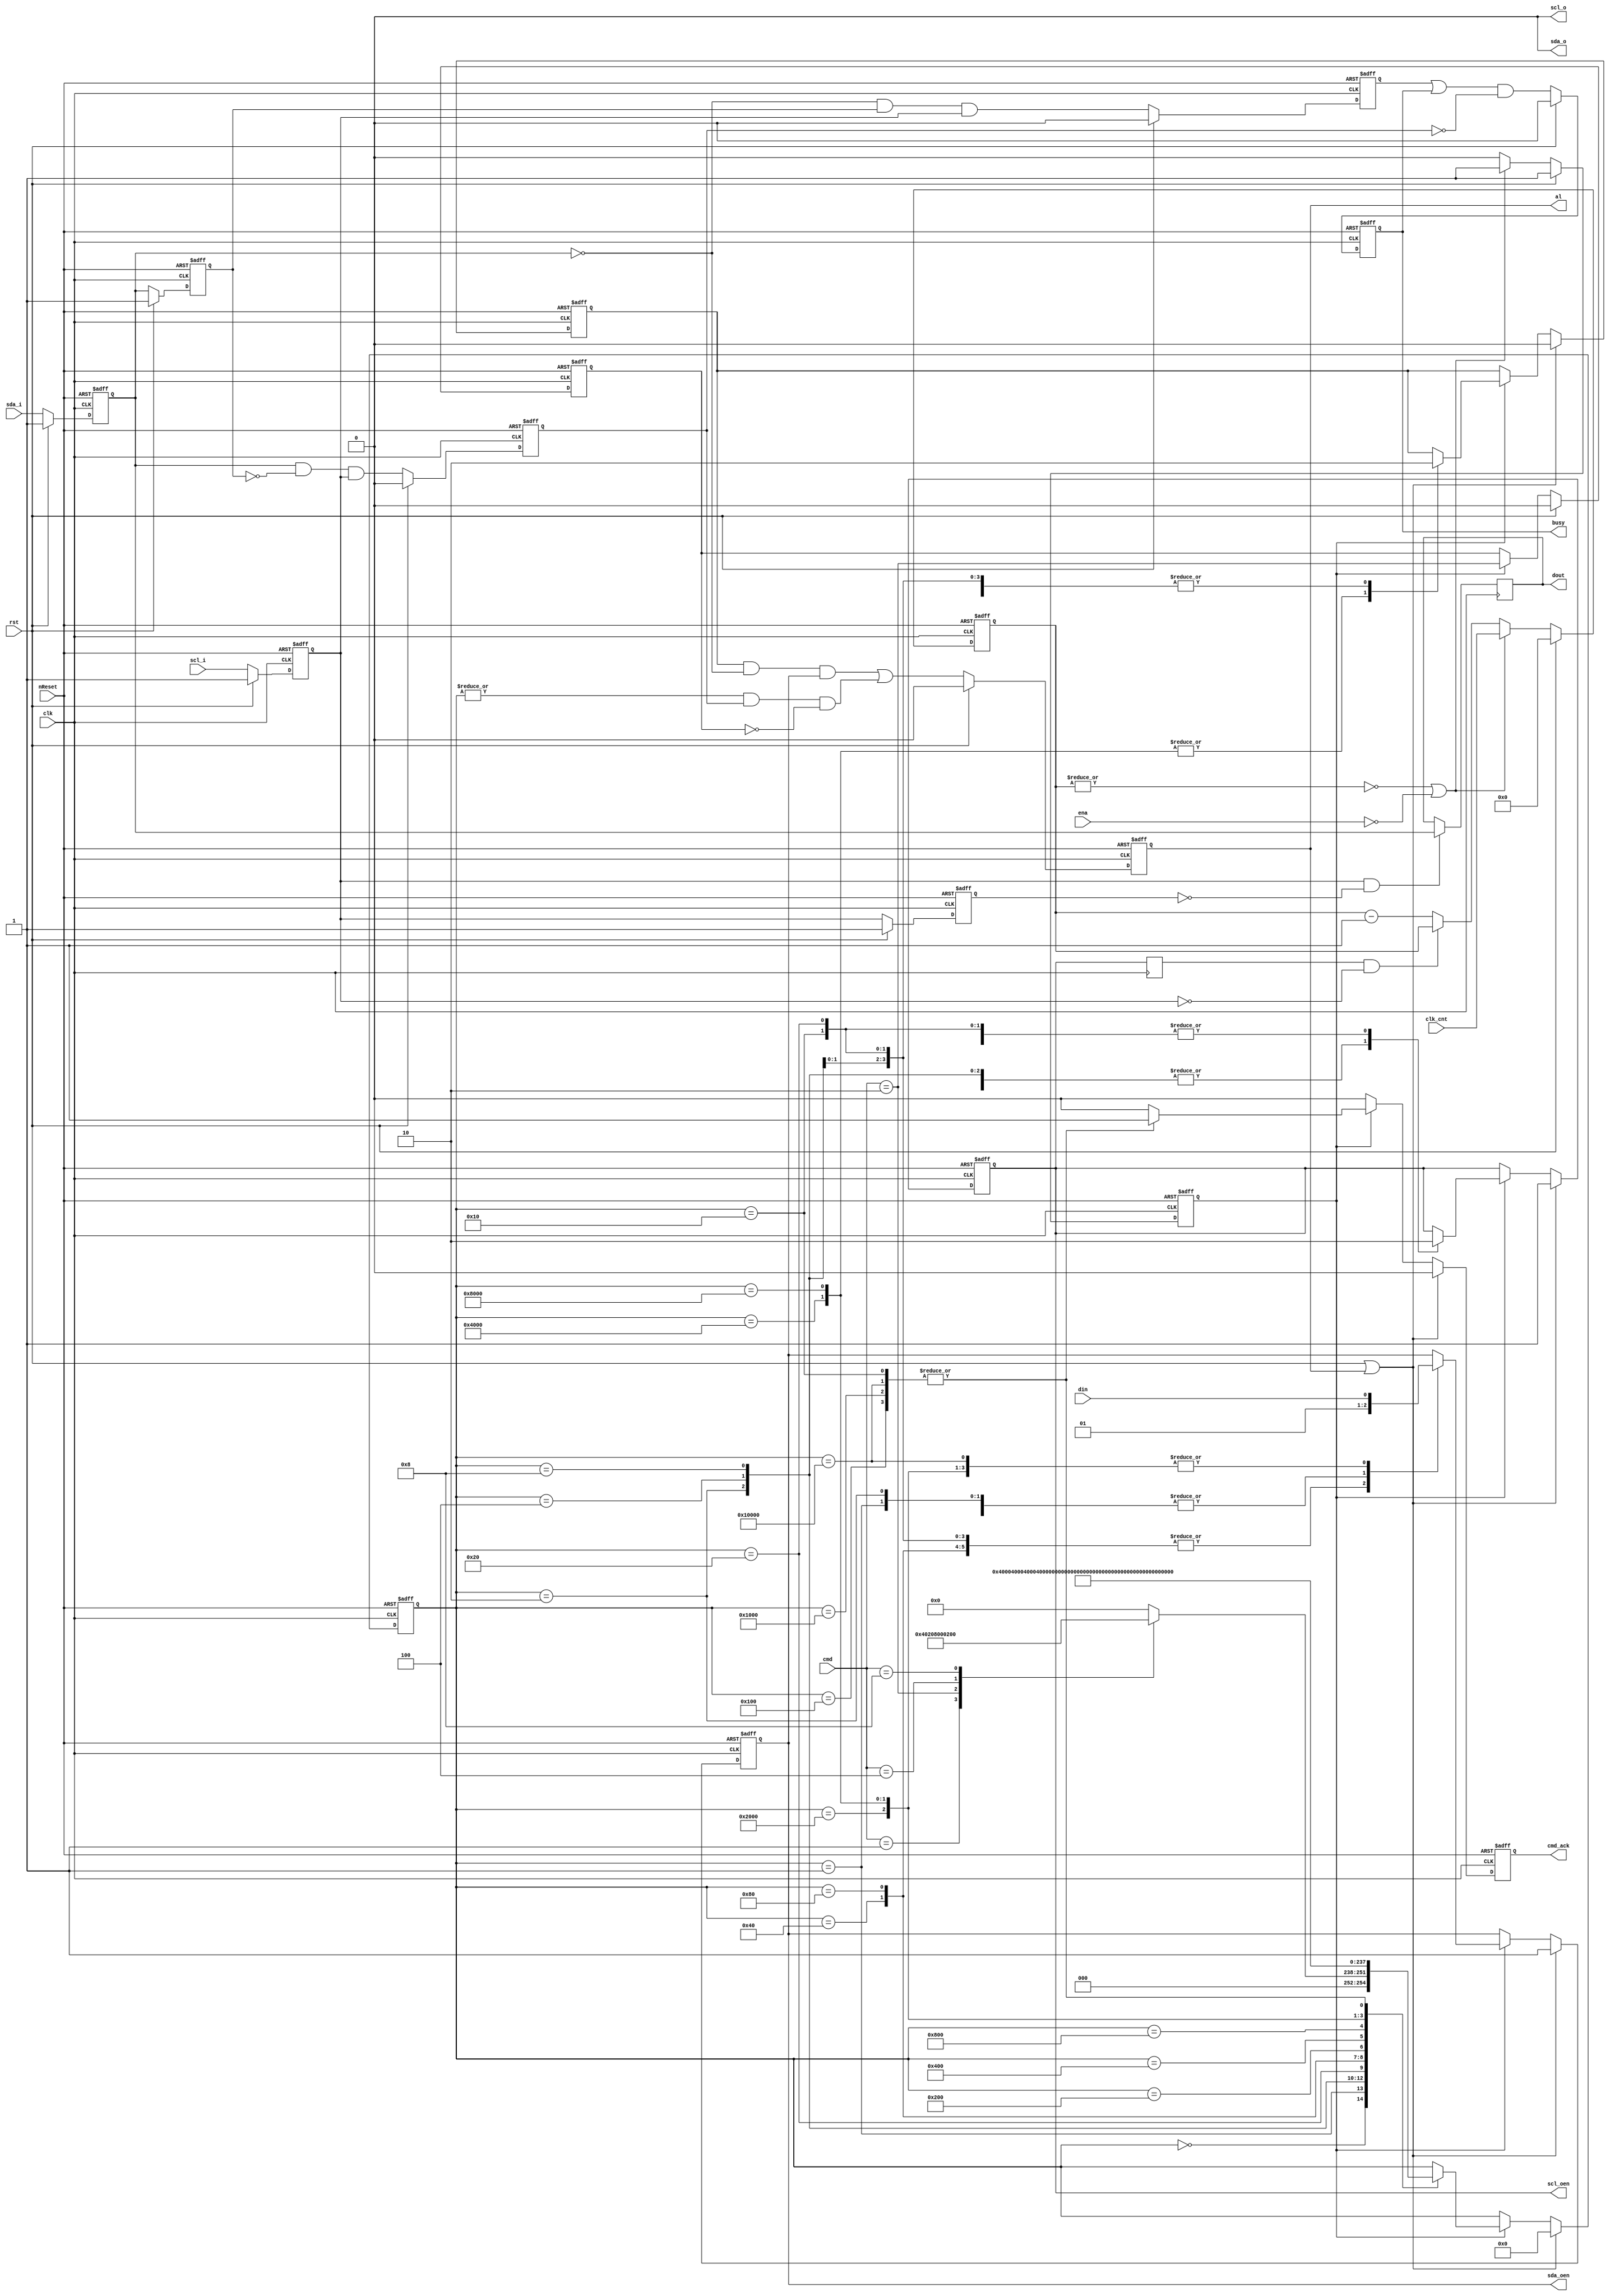
//`include "i2c_master_defines.v"
`define I2C_CMD_NOP   4'b0000
`define I2C_CMD_START 4'b0001
`define I2C_CMD_STOP  4'b0010
`define I2C_CMD_WRITE 4'b0100
`define I2C_CMD_READ  4'b1000


module i2c_master_bit_ctrl(
	clk, rst, nReset, 
	clk_cnt, ena, cmd, cmd_ack, busy, al, din, dout,
	scl_i, scl_o, scl_oen, sda_i, sda_o, sda_oen
	);

	//
	// inputs & outputs
	//
	input clk;
	input rst;
	input nReset;
	input ena;            // core enable signal

	input [15:0] clk_cnt; // clock prescale value

	input  [3:0] cmd;
	output       cmd_ack; // command complete acknowledge
	reg cmd_ack;
	output       busy;    // i2c bus busy
	reg busy;
	output       al;      // i2c bus arbitration lost
	reg al;
	
	input  din;
	output dout;
	reg dout;

	// I2C lines
	input  scl_i;         // i2c clock line input
	output scl_o;         // i2c clock line output
	output scl_oen;       // i2c clock line output enable (active low)
	reg scl_oen;
	input  sda_i;         // i2c data line input
	output sda_o;         // i2c data line output
	output sda_oen;       // i2c data line output enable (active low)
	reg sda_oen;


	//
	// variable declarations
	//

	reg sSCL, sSDA;             // synchronized SCL and SDA inputs
	reg dscl_oen;               // delayed scl_oen
	reg sda_chk;                // check SDA output (Multi-master arbitration)
	reg clk_en;                 // clock generation signals
	wire slave_wait;
//	reg [15:0] cnt = clk_cnt;   // clock divider counter (simulation)
	reg [15:0] cnt;             // clock divider counter (synthesis)

	// state machine variable
	reg [16:0] c_state; /*// synopsys enum_state */

	//
	// module body
	//

	// whenever the slave is not ready it can delay the cycle by pulling SCL low
	// delay scl_oen
	always @(posedge clk)
	  dscl_oen <= #1 scl_oen;

	assign slave_wait = dscl_oen && !sSCL;


	// generate clk enable signal
	always @(posedge clk or negedge nReset)
	  if(~nReset)
	    begin
	        cnt    <= #1 16'h0;
	        clk_en <= #1 1'b1;
	    end
	  else if (rst)
	    begin
	        cnt    <= #1 16'h0;
	        clk_en <= #1 1'b1;
	    end
	  else if ( ~|cnt || !ena)
	    begin
	        cnt    <= #1 clk_cnt;
	        clk_en <= #1 1'b1;
	    end
	  else if (slave_wait)
	    begin
	        cnt    <= #1 cnt;
	        clk_en <= #1 1'b0;    
	    end
	  else
	    begin
	        cnt    <= #1 cnt - 16'h1;
	        clk_en <= #1 1'b0;
	    end


	// generate bus status controller
	reg dSCL, dSDA;
	reg sta_condition;
	reg sto_condition;

	// synchronize SCL and SDA inputs
	// reduce metastability risc
	always @(posedge clk or negedge nReset)
	  if (~nReset)
	    begin
	        sSCL <= #1 1'b1;
	        sSDA <= #1 1'b1;

	        dSCL <= #1 1'b1;
	        dSDA <= #1 1'b1;
	    end
	  else if (rst)
	    begin
	        sSCL <= #1 1'b1;
	        sSDA <= #1 1'b1;

	        dSCL <= #1 1'b1;
	        dSDA <= #1 1'b1;
	    end
	  else
	    begin
	        sSCL <= #1 scl_i;
	        sSDA <= #1 sda_i;

	        dSCL <= #1 sSCL;
	        dSDA <= #1 sSDA;
	    end

	// detect start condition => detect falling edge on SDA while SCL is high
	// detect stop condition => detect rising edge on SDA while SCL is high
	always @(posedge clk or negedge nReset)
	  if (~nReset)
	    begin
	        sta_condition <= #1 1'b0;
	        sto_condition <= #1 1'b0;
	    end
	  else if (rst)
	    begin
	        sta_condition <= #1 1'b0;
	        sto_condition <= #1 1'b0;
	    end
	  else
	    begin
	        sta_condition <= #1 ~sSDA &  dSDA & sSCL;
	        sto_condition <= #1  sSDA & ~dSDA & sSCL;
	    end

	// generate i2c bus busy signal
	always @(posedge clk or negedge nReset)
	  if(!nReset)
	    busy <= #1 1'b0;
	  else if (rst)
	    busy <= #1 1'b0;
	  else
	    busy <= #1 (sta_condition | busy) & ~sto_condition;

	// generate arbitration lost signal
	// aribitration lost when:
	// 1) master drives SDA high, but the i2c bus is low
	// 2) stop detected while not requested
	reg cmd_stop;
	always @(posedge clk or negedge nReset)
	  if (~nReset)
	    cmd_stop <= #1 1'b0;
	  else if (rst)
	    cmd_stop <= #1 1'b0;
	  else if (clk_en)
	    cmd_stop <= #1 cmd == `I2C_CMD_STOP;

	always @(posedge clk or negedge nReset)
	  if (~nReset)
	    al <= #1 1'b0;
	  else if (rst)
	    al <= #1 1'b0;
	  else
	    al <= #1 (sda_chk & ~sSDA & sda_oen) | (|c_state & sto_condition & ~cmd_stop);


	// generate dout signal (store SDA on rising edge of SCL)
	always @(posedge clk)
	  if(sSCL & ~dSCL)
	    dout <= #1 sSDA;

	// generate statemachine

	// nxt_state decoder
	parameter [16:0] idle    = 17'b0_0000_0000_0000_0000;
	parameter [16:0] start_a = 17'b0_0000_0000_0000_0001;
	parameter [16:0] start_b = 17'b0_0000_0000_0000_0010;
	parameter [16:0] start_c = 17'b0_0000_0000_0000_0100;
	parameter [16:0] start_d = 17'b0_0000_0000_0000_1000;
	parameter [16:0] start_e = 17'b0_0000_0000_0001_0000;
	parameter [16:0] stop_a  = 17'b0_0000_0000_0010_0000;
	parameter [16:0] stop_b  = 17'b0_0000_0000_0100_0000;
	parameter [16:0] stop_c  = 17'b0_0000_0000_1000_0000;
	parameter [16:0] stop_d  = 17'b0_0000_0001_0000_0000;
	parameter [16:0] rd_a    = 17'b0_0000_0010_0000_0000;
	parameter [16:0] rd_b    = 17'b0_0000_0100_0000_0000;
	parameter [16:0] rd_c    = 17'b0_0000_1000_0000_0000;
	parameter [16:0] rd_d    = 17'b0_0001_0000_0000_0000;
	parameter [16:0] wr_a    = 17'b0_0010_0000_0000_0000;
	parameter [16:0] wr_b    = 17'b0_0100_0000_0000_0000;
	parameter [16:0] wr_c    = 17'b0_1000_0000_0000_0000;
	parameter [16:0] wr_d    = 17'b1_0000_0000_0000_0000;

	always @(posedge clk or negedge nReset)
	  if (!nReset)
	    begin
	        c_state <= #1 idle;
	        cmd_ack <= #1 1'b0;
	        scl_oen <= #1 1'b1;
	        sda_oen <= #1 1'b1;
	        sda_chk <= #1 1'b0;
	    end
	  else if (rst | al)
	    begin
	        c_state <= #1 idle;
	        cmd_ack <= #1 1'b0;
	        scl_oen <= #1 1'b1;
	        sda_oen <= #1 1'b1;
	        sda_chk <= #1 1'b0;
	    end
	  else
	    begin
	        cmd_ack   <= #1 1'b0; // default no command acknowledge + assert cmd_ack only 1clk cycle

	        if (clk_en)
	          case (c_state) // synopsys full_case parallel_case
	            // idle state
	            idle:
	            begin
	                case (cmd) // synopsys full_case parallel_case
	                  `I2C_CMD_START:
	                     c_state <= #1 start_a;

	                  `I2C_CMD_STOP:
	                     c_state <= #1 stop_a;

	                  `I2C_CMD_WRITE:
	                     c_state <= #1 wr_a;

	                  `I2C_CMD_READ:
	                     c_state <= #1 rd_a;

	                  default:
	                    c_state <= #1 idle;
	                endcase

	                scl_oen <= #1 scl_oen; // keep SCL in same state
	                sda_oen <= #1 sda_oen; // keep SDA in same state
	                sda_chk <= #1 1'b0;    // don't check SDA output
	            end

	            // start
	            start_a:
	            begin
	                c_state <= #1 start_b;
	                scl_oen <= #1 scl_oen; // keep SCL in same state
	                sda_oen <= #1 1'b1;    // set SDA high
	                sda_chk <= #1 1'b0;    // don't check SDA output
	            end

	            start_b:
	            begin
	                c_state <= #1 start_c;
	                scl_oen <= #1 1'b1; // set SCL high
	                sda_oen <= #1 1'b1; // keep SDA high
	                sda_chk <= #1 1'b0; // don't check SDA output
	            end

	            start_c:
	            begin
	                c_state <= #1 start_d;
	                scl_oen <= #1 1'b1; // keep SCL high
	                sda_oen <= #1 1'b0; // set SDA low
	                sda_chk <= #1 1'b0; // don't check SDA output
	            end

	            start_d:
	            begin
	                c_state <= #1 start_e;
	                scl_oen <= #1 1'b1; // keep SCL high
	                sda_oen <= #1 1'b0; // keep SDA low
	                sda_chk <= #1 1'b0; // don't check SDA output
	            end

	            start_e:
	            begin
	                c_state <= #1 idle;
	                cmd_ack <= #1 1'b1;
	                scl_oen <= #1 1'b0; // set SCL low
	                sda_oen <= #1 1'b0; // keep SDA low
	                sda_chk <= #1 1'b0; // don't check SDA output
	            end

	            // stop
	            stop_a:
	            begin
	                c_state <= #1 stop_b;
	                scl_oen <= #1 1'b0; // keep SCL low
	                sda_oen <= #1 1'b0; // set SDA low
	                sda_chk <= #1 1'b0; // don't check SDA output
	            end

	            stop_b:
	            begin
	                c_state <= #1 stop_c;
	                scl_oen <= #1 1'b1; // set SCL high
	                sda_oen <= #1 1'b0; // keep SDA low
	                sda_chk <= #1 1'b0; // don't check SDA output
	            end

	            stop_c:
	            begin
	                c_state <= #1 stop_d;
	                scl_oen <= #1 1'b1; // keep SCL high
	                sda_oen <= #1 1'b0; // keep SDA low
	                sda_chk <= #1 1'b0; // don't check SDA output
	            end

	            stop_d:
	            begin
	                c_state <= #1 idle;
	                cmd_ack <= #1 1'b1;
	                scl_oen <= #1 1'b1; // keep SCL high
	                sda_oen <= #1 1'b1; // set SDA high
	                sda_chk <= #1 1'b0; // don't check SDA output
	            end

	            // read
	            rd_a:
	            begin
	                c_state <= #1 rd_b;
	                scl_oen <= #1 1'b0; // keep SCL low
	                sda_oen <= #1 1'b1; // tri-state SDA
	                sda_chk <= #1 1'b0; // don't check SDA output
	            end

	            rd_b:
	            begin
	                c_state <= #1 rd_c;
	                scl_oen <= #1 1'b1; // set SCL high
	                sda_oen <= #1 1'b1; // keep SDA tri-stated
	                sda_chk <= #1 1'b0; // don't check SDA output
	            end

	            rd_c:
	            begin
	                c_state <= #1 rd_d;
	                scl_oen <= #1 1'b1; // keep SCL high
	                sda_oen <= #1 1'b1; // keep SDA tri-stated
	                sda_chk <= #1 1'b0; // don't check SDA output
	            end

	            rd_d:
	            begin
	                c_state <= #1 idle;
	                cmd_ack <= #1 1'b1;
	                scl_oen <= #1 1'b0; // set SCL low
	                sda_oen <= #1 1'b1; // keep SDA tri-stated
	                sda_chk <= #1 1'b0; // don't check SDA output
	            end

	            // write
	            wr_a:
	            begin
	                c_state <= #1 wr_b;
	                scl_oen <= #1 1'b0; // keep SCL low
	                sda_oen <= #1 din;  // set SDA
	                sda_chk <= #1 1'b0; // don't check SDA output (SCL low)
	            end

	            wr_b:
	            begin
	                c_state <= #1 wr_c;
	                scl_oen <= #1 1'b1; // set SCL high
	                sda_oen <= #1 din;  // keep SDA
	                sda_chk <= #1 1'b1; // check SDA output
	            end

	            wr_c:
	            begin
	                c_state <= #1 wr_d;
	                scl_oen <= #1 1'b1; // keep SCL high
	                sda_oen <= #1 din;
	                sda_chk <= #1 1'b1; // check SDA output
	            end

	            wr_d:
	            begin
	                c_state <= #1 idle;
	                cmd_ack <= #1 1'b1;
	                scl_oen <= #1 1'b0; // set SCL low
	                sda_oen <= #1 din;
	                sda_chk <= #1 1'b0; // don't check SDA output (SCL low)
	            end

	          endcase
	    end


	// assign scl and sda output (always gnd)
	assign scl_o = 1'b0;
	assign sda_o = 1'b0;

endmodule